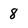
Character: 8